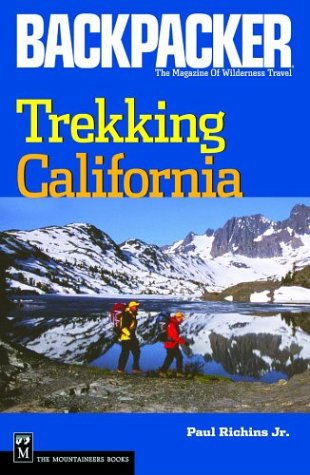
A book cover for Trekking California (Backpacker Magazine); Paul Richins; Travel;